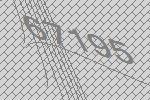
67195